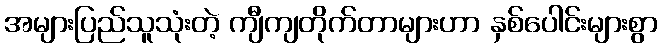
အများပြည်သူသုံးတဲ့ ကျီကျတိုက်တာများဟာ နှစ်ပေါင်းများစွာ